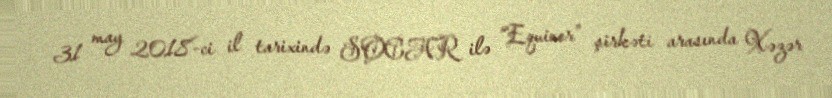
31 may 2018-ci il tarixində SOCAR ilə “Equinor” şirkəti arasında Xəzər